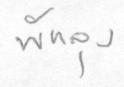
พัทลุง